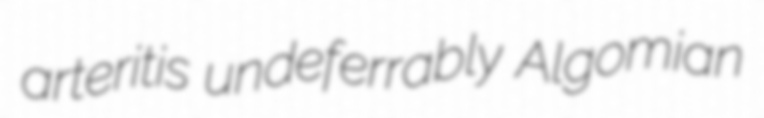
arteritis undeferrably Algomian